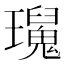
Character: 𤫅